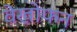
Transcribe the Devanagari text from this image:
वेखोफन